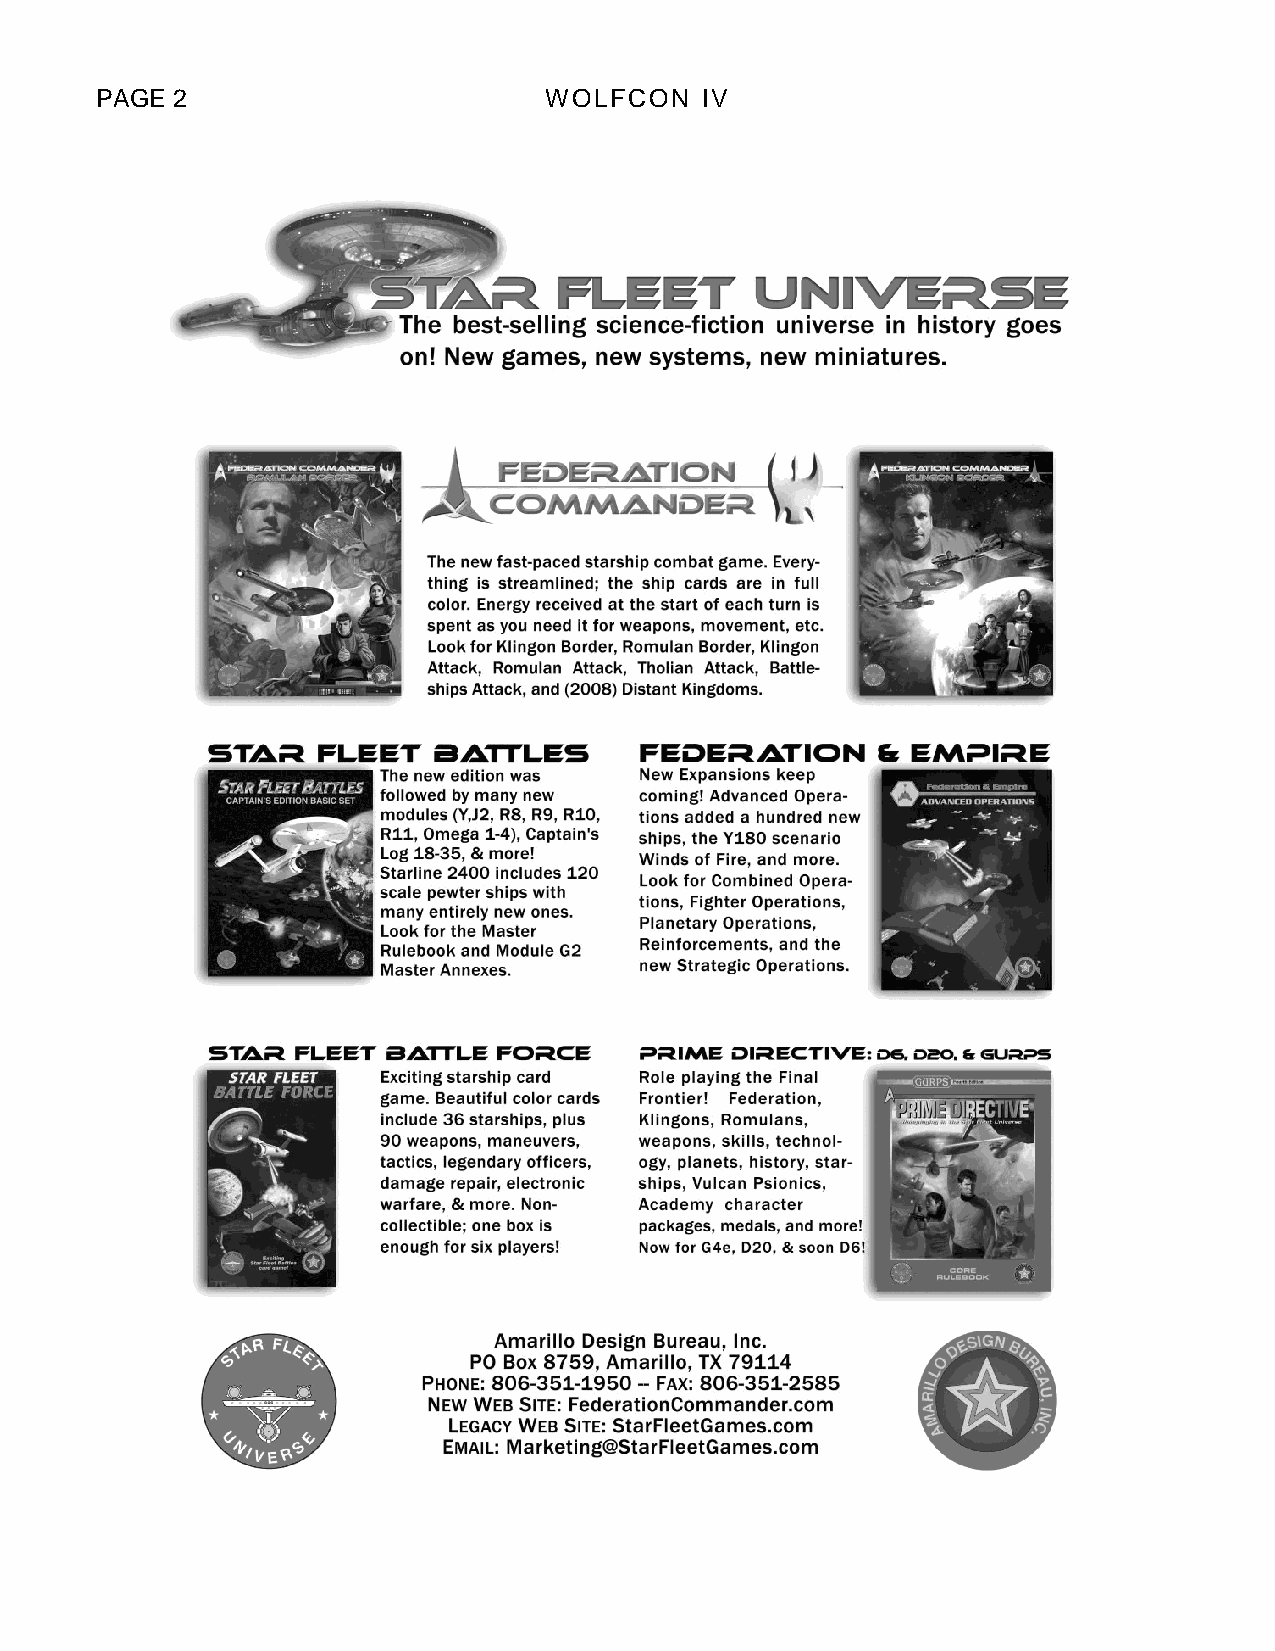
PAGE 2                        WOLFCON   IV